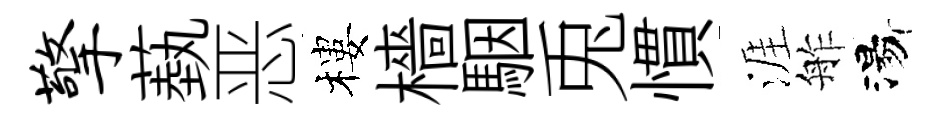
擎蓺恶樓檣駰兎慣涯舴湯